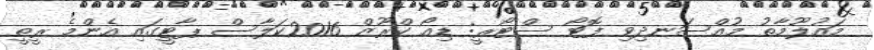
މައުލޫމާތު މުއްސަނދިވި ފޮޓޯ ސްޓޯރީ: ޑިއޯ ކްރޫޒް 2016ކަލާސް ޕާޓީގައި އެންމެ ރީތީ